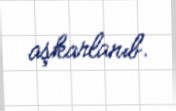
aşkarlanıb.